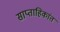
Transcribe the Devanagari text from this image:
साप्ताहिकांत